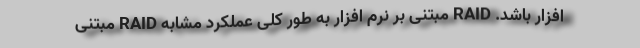
افزار باشد. RAID مبتنی بر نرم افزار به طور کلی عملکرد مشابه RAID مبتنی